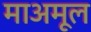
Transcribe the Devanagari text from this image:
माअमूल